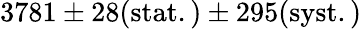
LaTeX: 3781\pm 28\mathrm{{(stat.)}\pm 295\mathrm{{(syst.)}}}